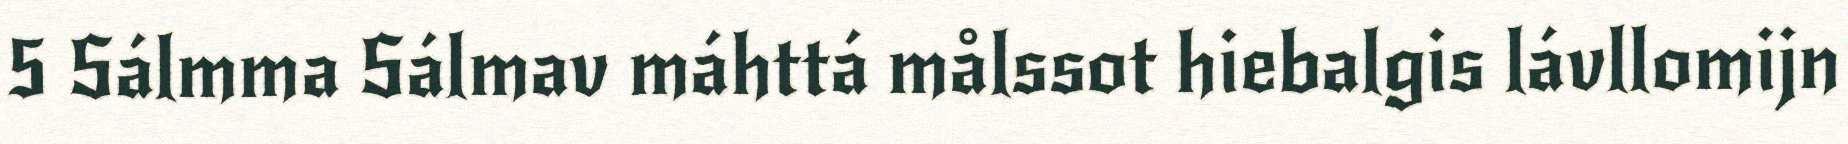
5 Sálmma Sálmav máhttá målssot hiebalgis lávllomijn